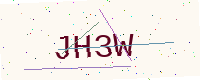
Text: JH3W